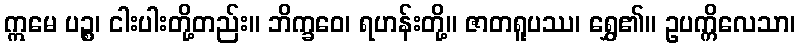
ဣမေ ပဉ္စ၊ ငါးပါးတို့တည်း။ ဘိက္ခဝေ၊ ရဟန်းတို့။ ဇာတရူပဿ၊ ရွှေ၏။ ဥပက္ကိလေသာ၊